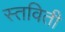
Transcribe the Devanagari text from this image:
स्तविती